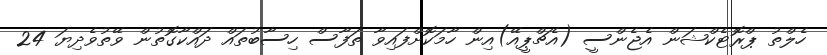
ހެލްތު ޕްރޮޓެކްޝަން އެޖެންސީ (އެޗްޕީއޭ)އިން ހާމަކޮށްފައިވާ ތަފާސް ހިސާބުތައް ދައްކާގޮތުން ވޭތުވެދިޔަ 24